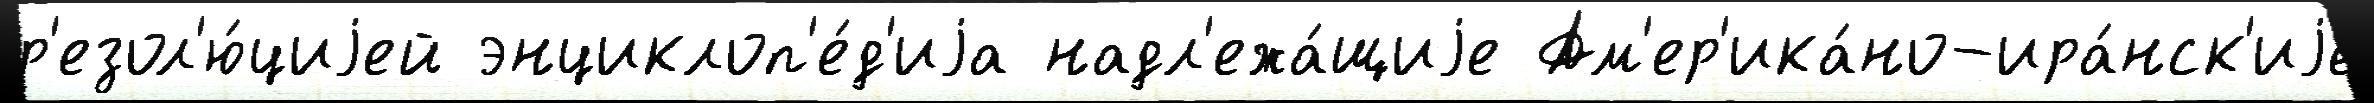
р'езол'ю́циjей энциклоп'е́д'иjа надл'ежа́щиjе Ам'ер'ика́но-ира́нск'иjе